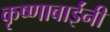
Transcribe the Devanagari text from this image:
कृष्णाबाईंनी